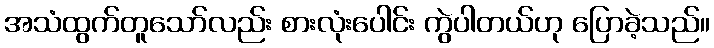
အသံထွက်တူသော်လည်း စားလုံးပေါင်း ကွဲပါတယ်ဟု ပြောခဲ့သည်။